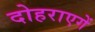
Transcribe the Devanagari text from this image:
दोहराएगें